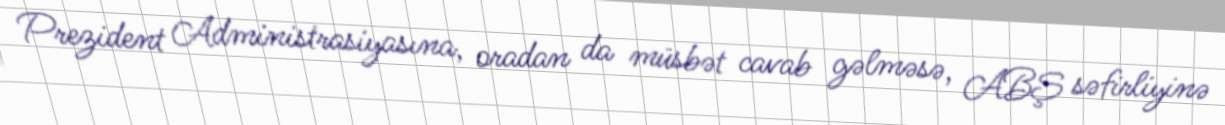
Prezident Administrasiyasına, oradan da müsbət cavab gəlməsə, ABŞ səfirliyinə